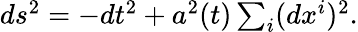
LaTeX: \begin{array}{r}{ds^{2}=-dt^{2}+a^{2}(t)\sum_{i}(dx^{i})^{2}.}\end{array}